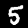
Label: 5